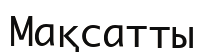
Мақсатты